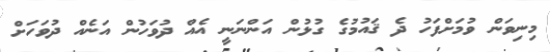
މިނިވަން ވުމަށްފަހު ދެ ޤައުމުގެ ގުޅުން އަންނަނީ އެއް ދުވަހުން އަނެއް ދުވަހަށް